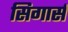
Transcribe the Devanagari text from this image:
सिगार्स